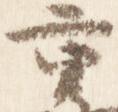
重